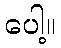
ပေါ့။